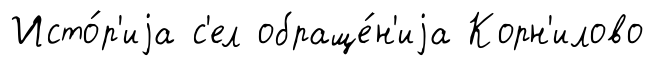
Исто́р'иjа с'ел обраще́н'иjа Корн'илово